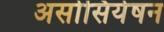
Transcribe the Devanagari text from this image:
असोसियेषन